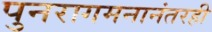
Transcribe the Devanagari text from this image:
पुनरागमनानंतरही